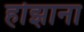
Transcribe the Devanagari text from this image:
होझाना